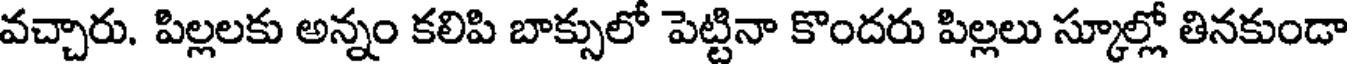
వచ్చారు. పిల్లలకు అన్నం కలిపి బాక్సులో పెట్టినా కొందరు పిల్లలు స్కూల్లో తినకుండా